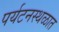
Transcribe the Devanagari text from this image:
पर्यटनस्थळात